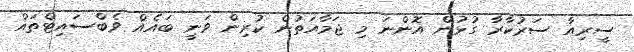
ސީރިއާ ސަރުކާރާ ގުޅުން އޮންނަ މި ޖަމާއަތުން ކުރިން ވަނީ ބައެއް ވެބްސައިޓްތައް